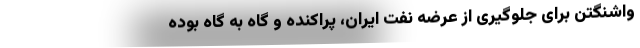
واشنگتن برای جلوگیری از عرضه نفت ایران، پراکنده و گاه به گاه بوده